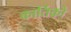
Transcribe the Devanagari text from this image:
कार्तिको